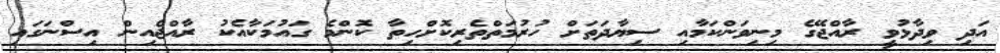
އަދި ވިދާޅުވީ ރާއްޖޭގެ މިނިވަންކަމާއި ސިޔާދަތަށް ހުރުމަތްތެރިކޮށްހިތާ ކޮންމެ ގައުމަކާއެކު ރާއްޖެއިން އިސްނަގައި